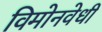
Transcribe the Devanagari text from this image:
विमोनवेधी